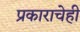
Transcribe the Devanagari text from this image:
प्रकाराचेही